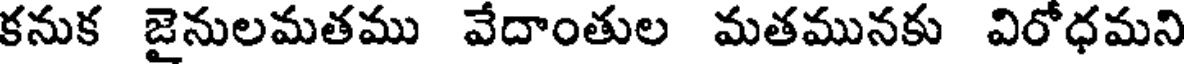
కనుక జైనులమతము వేదాంతుల మతమునకు విరోధమని